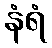
နံရံ